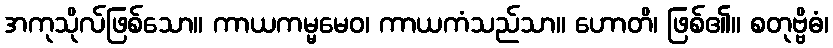
အကုသိုလ်ဖြစ်သော။ ကာယကမ္မမေဝ၊ ကာယကံသည်သာ။ ဟောတိ၊ ဖြစ်၏။ စတုဗ္ဗိဓံ၊